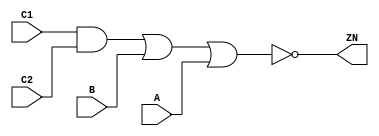
module AOI211_X4 (A, B, C1, C2, ZN);
  input A;
  input B;
  input C1;
  input C2;
  output ZN;

  not(ZN, i_20);
  not(i_20, i_21);
  not(i_21, i_22);
  or(i_22, i_23, A);
  or(i_23, i_24, B);
  and(i_24, C1, C2);


endmodule